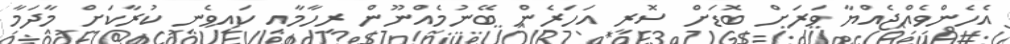
އެހެންވެއްޖެއްޔާ ވަރަށް ބޮޑަށް ސޮރީ އަހަރެން ބޭނުމެއްނޫން ރިހާމާއި ކައިވެނި ކުރާކަށް މާދަމާ